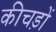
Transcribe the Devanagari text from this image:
कीचड़ों